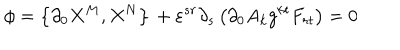
LaTeX: \phi = \left\{ \partial _ { 0 } X ^ { M } , X ^ { N } \right\} \, + \varepsilon ^ { s r } \partial _ { s } \left( \partial _ { 0 } A _ { k } g ^ { k t } F _ { r t } \right) = 0